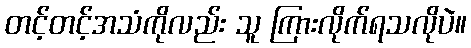
တင့်တင့်အသံကိုလည်း သူ ကြားလိုက်ရသလိုပဲ။